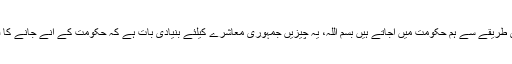
انہوںنے کہاکہ جمہوری طریقے سے ہماری حکومت جاتی ہے تو چلی جائے، جمہوری طریقے سے ہم حکومت میں آجاتے ہیں بسم اللہ، یہ چیزیں جمہوری معاشرے کیلئے بنیادی بات ہے کہ حکومت کے آنے جانے کا فیصلہ آئین کرے نہ کہ غیر جمہوری یا ماورائے قانون کے طریقے سے اس کا تعین ہو۔